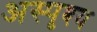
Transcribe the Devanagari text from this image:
अस्पृश्‍य